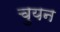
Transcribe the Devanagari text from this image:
चुयन